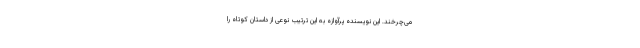
می‌چرخند. این نویسنده پرآوازه به این ترتیب نوعی از داستان کوتاه را